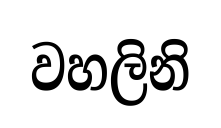
වහලිනි